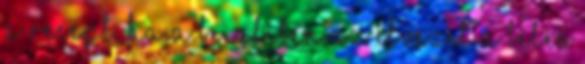
a recept, ha a beigliben az élvezet a bélés